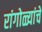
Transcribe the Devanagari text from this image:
रांगोळ्यांचे